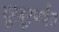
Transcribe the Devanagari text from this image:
दूरदूरपर्यंत